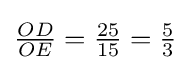
{\tfrac {OD}{OE}}={\tfrac {25}{15}}={\tfrac {5}{3}}